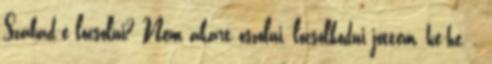
Szabad-e locsolni? Nem akart oszolni, locsolkodni jöttem, he-he. .